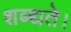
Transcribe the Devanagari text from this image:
शब्द्यते।